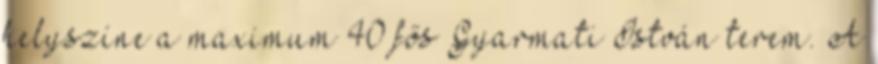
helyszíne a maximum 40 fős Gyarmati István terem. A